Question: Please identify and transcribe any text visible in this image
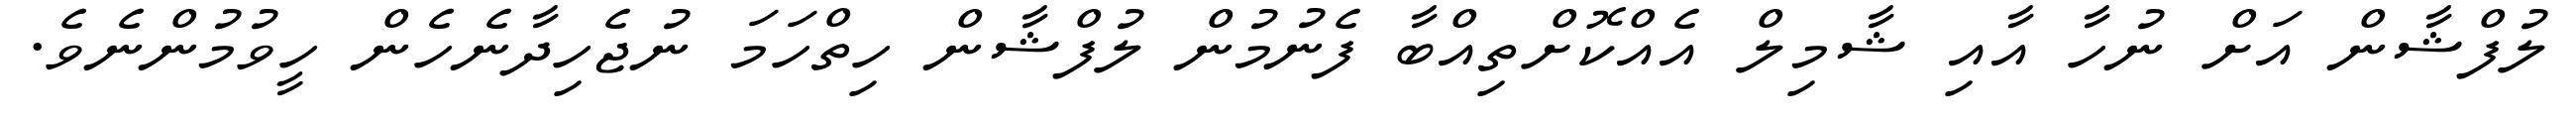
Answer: ލުފްޝާން އަށް ނުހާ އާއި ޝާމިލް އެއްކޮށްތިއްބާ ފެނުމުން ލުފްޝާން ހިތްހަމަ ނުޖެހިދާނެހެން ހީވުމުންނެވެ.